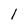
Character: l